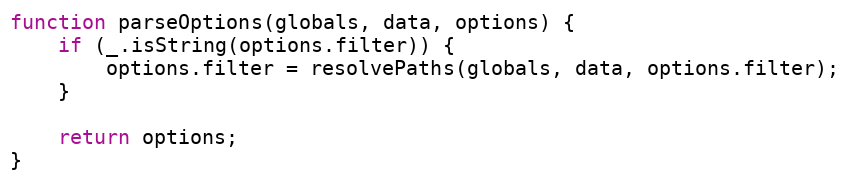
Language: JavaScript
function parseOptions(globals, data, options) {
    if (_.isString(options.filter)) {
        options.filter = resolvePaths(globals, data, options.filter);
    }

    return options;
}